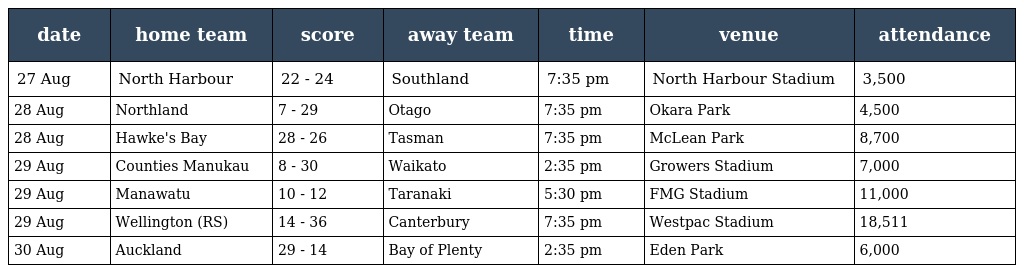
| date | home team | score | away team | time | venue | attendance |
 | --- | --- | --- | --- | --- | --- | --- |
 | 27 Aug | North Harbour | 22 - 24 | Southland | 7:35 pm | North Harbour Stadium | 3,500 |
 | 28 Aug | Northland | 7 - 29 | Otago | 7:35 pm | Okara Park | 4,500 |
 | 28 Aug | Hawke's Bay | 28 - 26 | Tasman | 7:35 pm | McLean Park | 8,700 |
 | 29 Aug | Counties Manukau | 8 - 30 | Waikato | 2:35 pm | Growers Stadium | 7,000 |
 | 29 Aug | Manawatu | 10 - 12 | Taranaki | 5:30 pm | FMG Stadium | 11,000 |
 | 29 Aug | Wellington (RS) | 14 - 36 | Canterbury | 7:35 pm | Westpac Stadium | 18,511 |
 | 30 Aug | Auckland | 29 - 14 | Bay of Plenty | 2:35 pm | Eden Park | 6,000 |